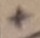
Text: +